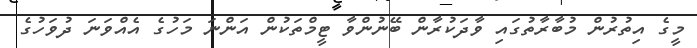
މީގެ އިތުރުން މުބާރާތުގައި ވާދަކުރާން ބޭނުންވާ ޓީމްތަކުން އަންނަ މަހުގެ އެއްވަނަ ދުވަހުގެ